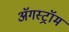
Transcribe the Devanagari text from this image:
ॲगस्ट्रॉम